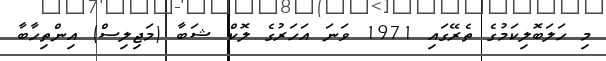
މި ހަލަބޮލިކަމުގެ ތެރޭގައި 1971 ވަނަ އަހަރުގެ ލޮކް ޝަބާ (މަޖިލިސް) އިންތިހާބާ